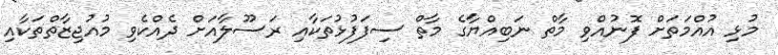
މުޅި އުއްމަތަށް ފޮނުއްވި މާތް ނަބިއްޔާގެ މާތް ސިފަފުޅުތަކާއި ރަސޫލާއަށް ދެއްކެވި މުއުޖިޒާތްތަކާއި